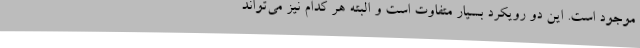
موجود است. این دو رویکرد بسیار متفاوت است و البته هر کدام نیز می‌تواند